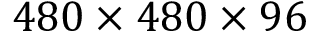
4 8 0 \times 4 8 0 \times 9 6